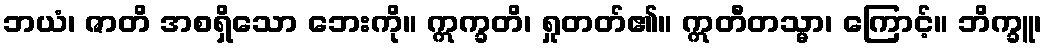
ဘယံ၊ ဇာတိ အစရှိသော ဘေးကို။ ဣက္ခတိ၊ ရှုတတ်၏။ ဣတီတသ္မာ၊ ကြောင့်။ ဘိက္ခူ၊